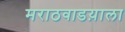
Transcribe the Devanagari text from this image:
मराठवाडय़ाला